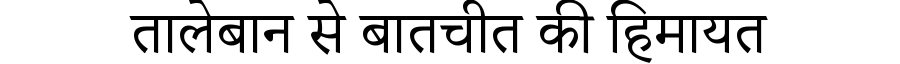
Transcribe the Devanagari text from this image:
तालेबान से बातचीत की हिमायत